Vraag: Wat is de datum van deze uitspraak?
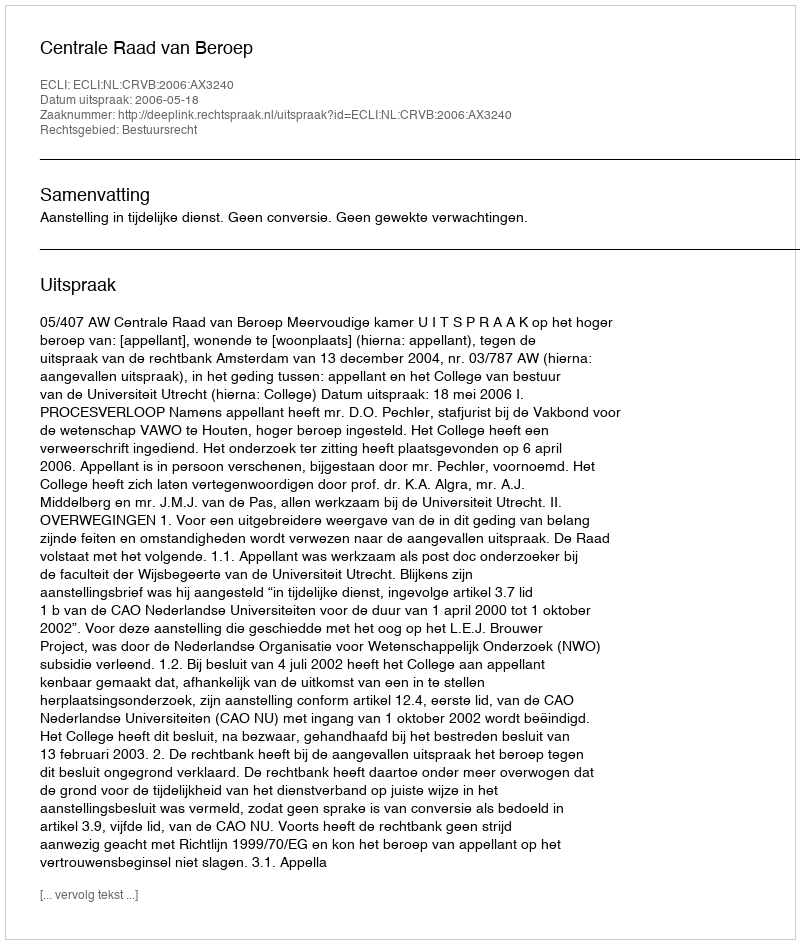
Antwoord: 2006-05-18